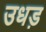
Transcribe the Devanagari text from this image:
उधड़